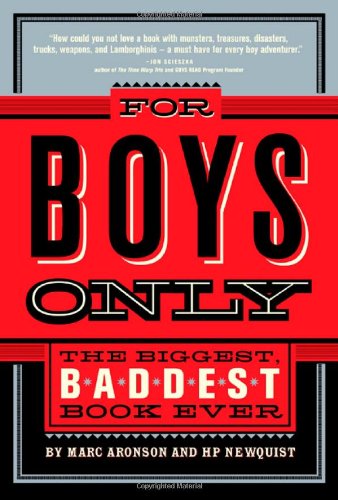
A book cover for For Boys Only: The Biggest, Baddest Book Ever; Marc Aronson; Children's Books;